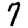
Digit: 7